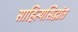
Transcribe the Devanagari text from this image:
साहित्यसिद्धांत